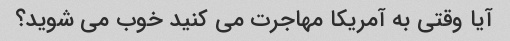
آیا وقتی به آمریکا مهاجرت می کنید خوب می شوید؟